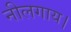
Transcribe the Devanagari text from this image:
नीलगाय।